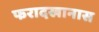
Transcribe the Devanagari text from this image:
फरादखानास